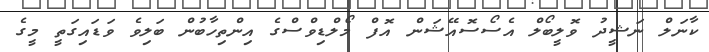
ކާނަލް ނަޝީދު ވޮލީބޯލް އެސޯސޮއޭޝަން އޮފް މޯލްޑިވްސްގެ އިންތިހާބުން ބަލިވެ ވަޑައިގަތީ މީގެ